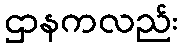
ဌာနကလည်း